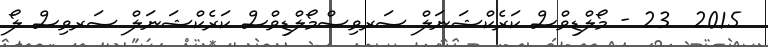
2015  23 - މޯލްޑިވްސް ކަރެކްޝަނަލް ސަރވިސްމޯލްޑިވްސް ކަރެކްޝަނަލް ސަރވިސް ލޯ